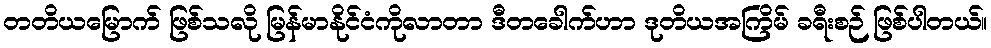
တတိယမြောက် ဖြစ်သလို မြန်မာနိုင်ငံကိုလာတာ ဒီတခေါက်ဟာ ဒုတိယအကြိမ် ခရီးစဉ် ဖြစ်ပါတယ်။